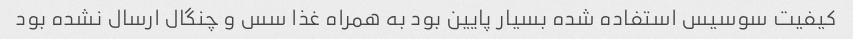
کیفیت سوسیس استفاده شده بسیار پایین بود به همراه غذا سس و چنگال ارسال نشده بود